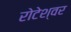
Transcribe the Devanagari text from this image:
रोटेश्वर